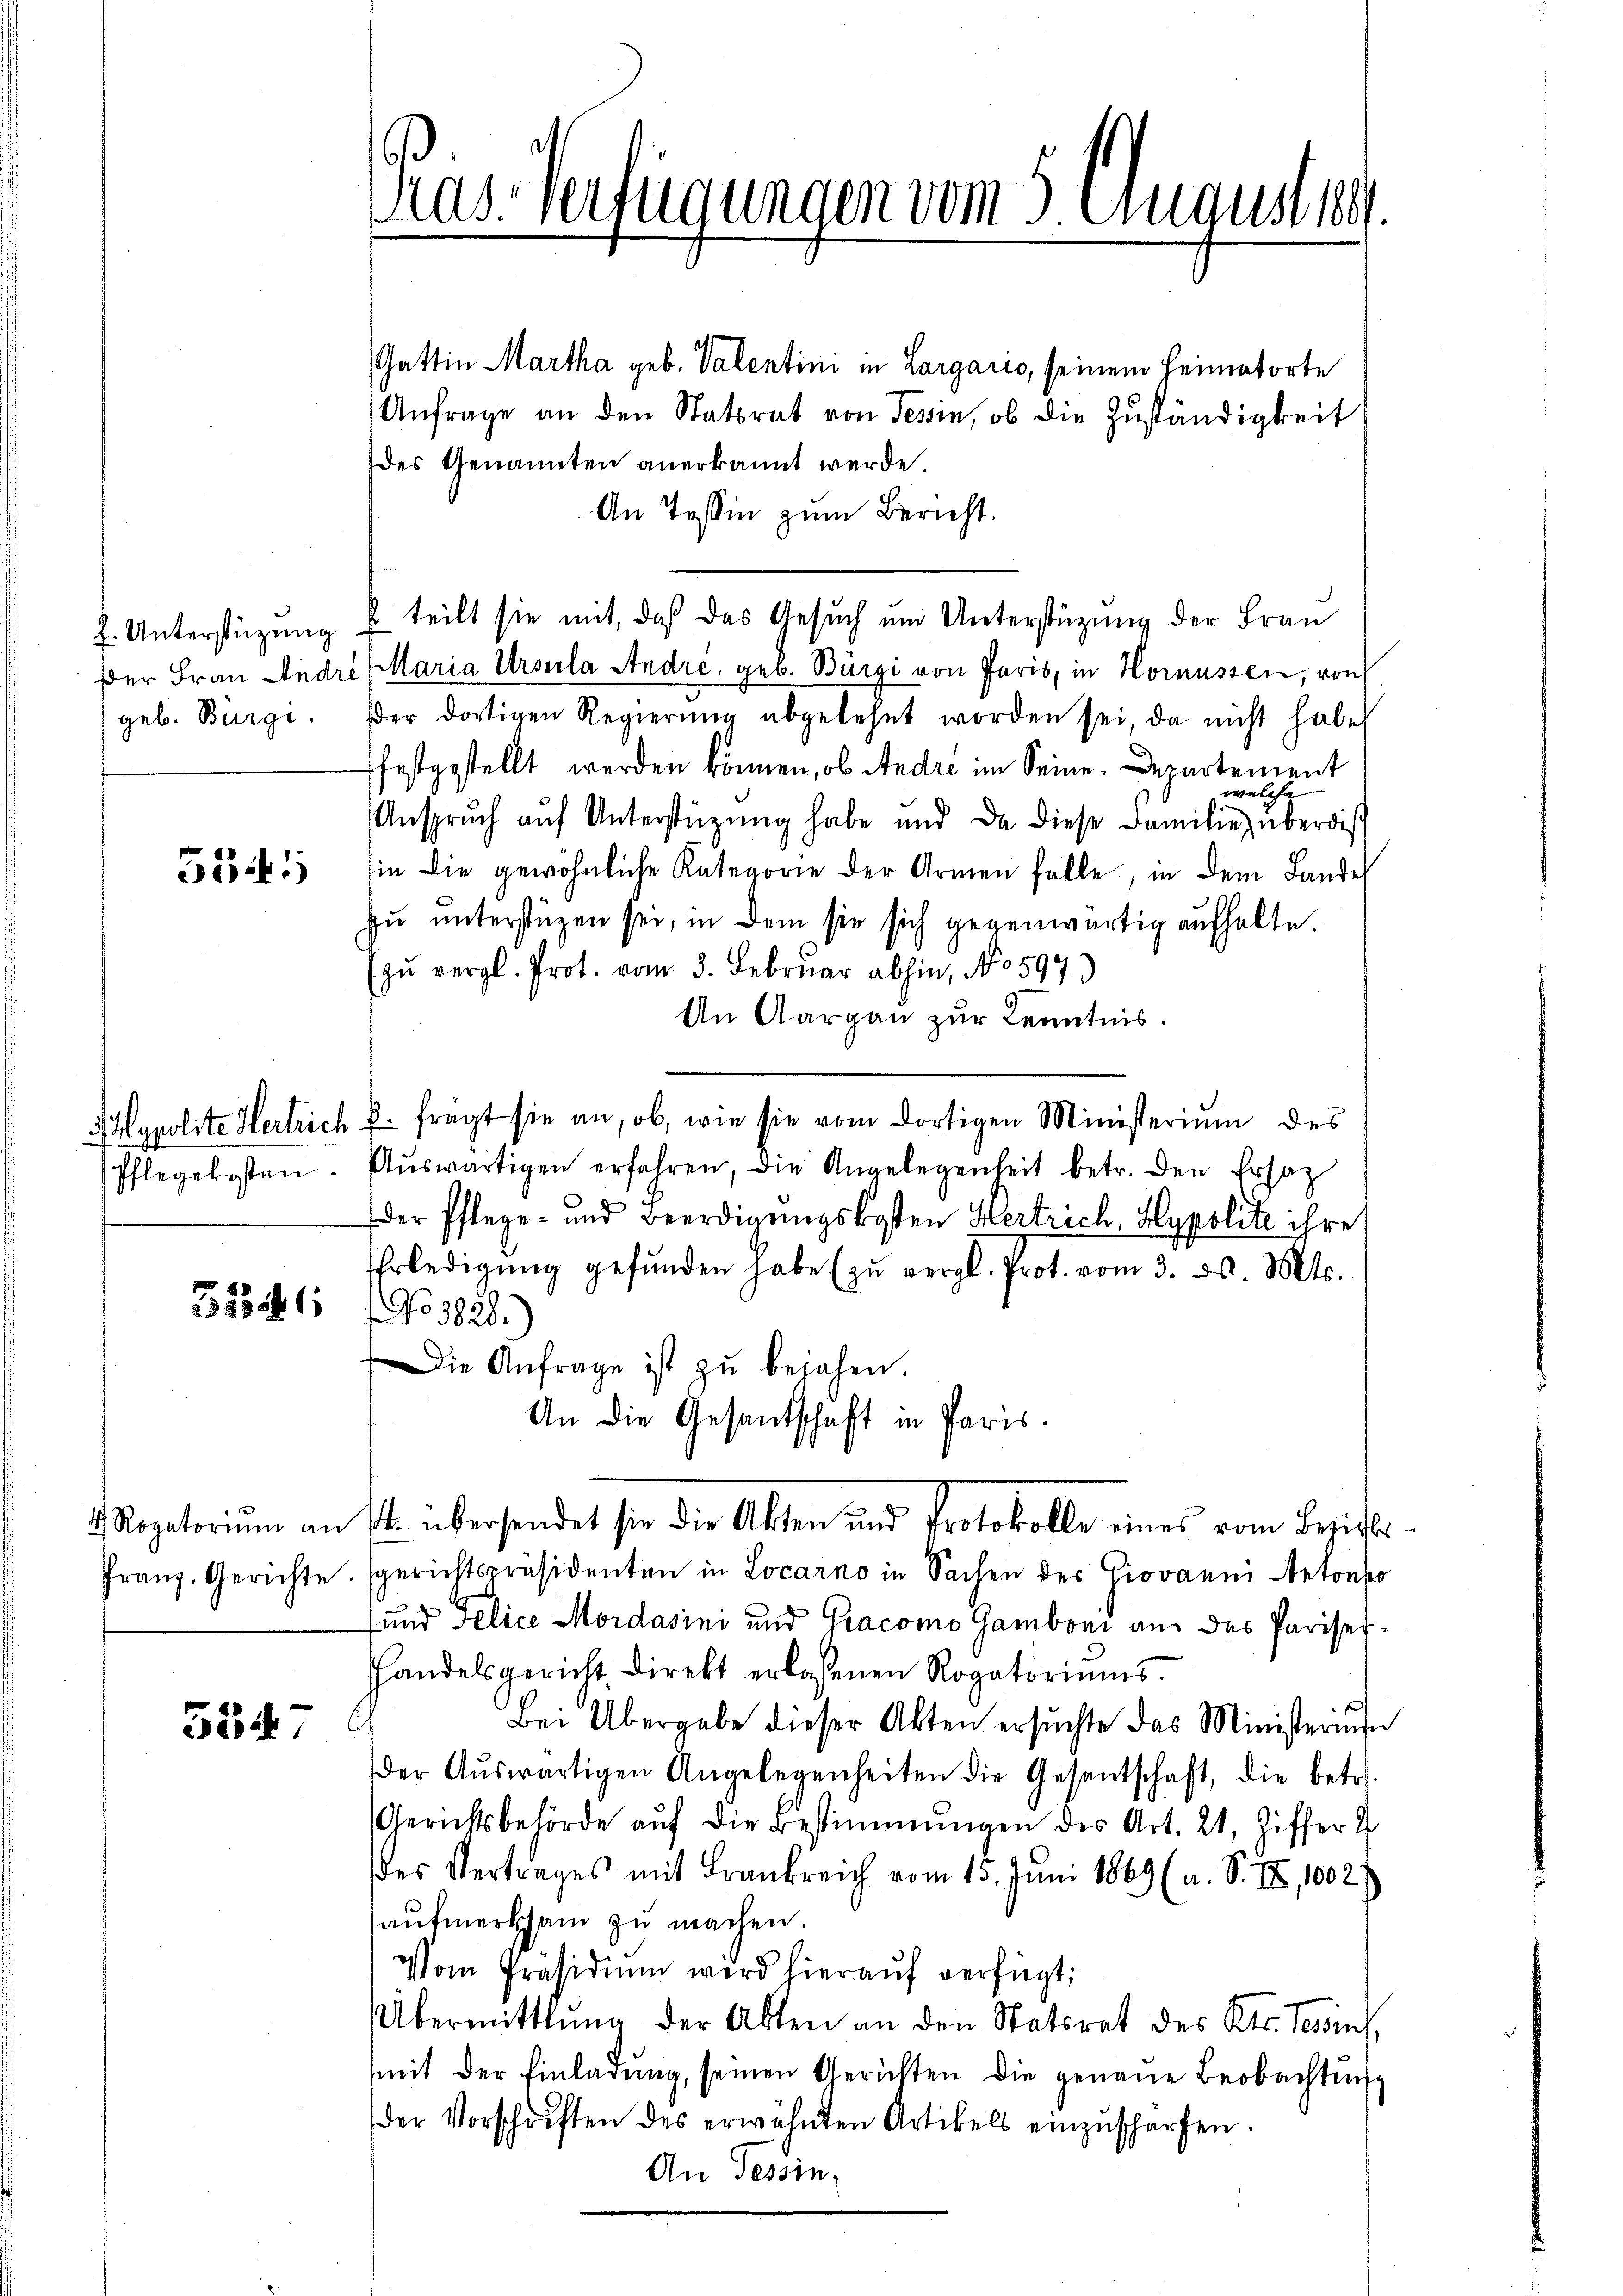
Der Frau Andre

5341)

Pflegekosten.

5246

4 Rogatorium an
Franz. Gerichte

3547

as-Verfügungen vom 3 August 1891.

Gattin Martha geb. Valentini in Largaris, seinem Heimatorte
Anfrage an den Statsrat von Tessin, ob die Zuständigkeit
des Genannten anerkannt werde.
An Tessin zum Bericht.
7. Unterstüzung u teilt sie mit, daß das Gesuch um Unterstüzung der Frau
Maria Ursula Andre, geb. Bürgi von Paris, in Hornüssen, von
geb. Bürgi. er dortigen Regierŭng abgelehnt worden sei, da nicht habe
ffestgestellt werden können, ob Andre im Seine Departement
welche
Anspruch auf Unterstützung habe und da diese Familie, überdie
sie die gewöhnliche Kategorie der Armen falle, in dem Landes
zu unterstüzen sei, in dem sie sich gegenwärtig aufhalte.
(zŭ vergl. Prot. vom 3. Februar abhin, No 597)
An Aargau zur Kenntnis.
3 Hypolite Hertrich u. frägt sie an, ob, wie sie vom dortigen Ministerium des
Aŭswärtigen erfahren, die Angelegenheit betr. den Ersatz
der Pflege- und Beerdigungskosten Hertrich, Hypolite ihre
Erledigŭng gefŭnden habe (zŭ vergl. Prot. vom 3. d. Mts.
No 3828.)
Die Anfrage ist zŭ bejahen.
An die Gesandtschaft in Paris.
S. übersendet sie die Akten und Protokolle eines vom Bezirks-
sgerichtspräsidenten in Locarno in Sachen des Giovanni Antonso
und Felice Mordasini und Gracomo Gamboni an des Pariser¬
Handelsgericht direkt erlassenen Rogatoriums.
Bei Übergabe dieser Akten ersŭchte das Ministerium
der Aŭswärtigen Angelegenheiten die Gesantschaft, die betr.
Gerichtsbehörde aŭf die Bestimmungen des Art. 21, Ziffer d
des Vertrages mit Frankreich vom 15. Juni 1869 (a. S. III, 1002)
aufmerksam zu machen.
Vom Präsidiŭm wird hierauf verfügt:
Übermittlung der Akten an den Statsrat des Kts. Tessin,
mit der Einladŭng, seinen Gerichten die genaue Beobachtung
der Vorschriften des erwähnten Artikels einzŭscharfen.
An Tessin,